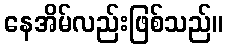
နေအိမ်လည်းဖြစ်သည်။